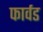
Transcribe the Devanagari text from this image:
फार्वड